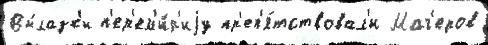
Вы́лазк'и п'ер'ем'и́р'иjу пр'еп'я́тствовал'и Маг'еров